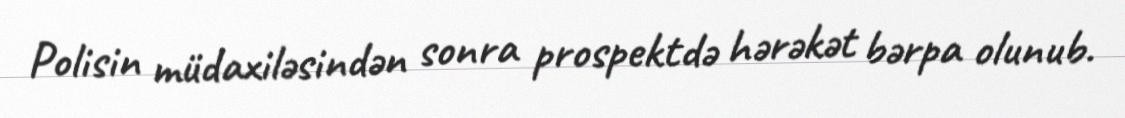
Polisin müdaxiləsindən sonra prospektdə hərəkət bərpa olunub.